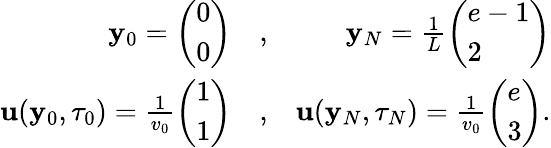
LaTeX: \begin{array}{rlr}{{\mathbf y}_{0}=\left(\begin{array}{l}{0}\\ {0}\end{array}\right)}&{,}&{{\mathbf y}_{N}=\frac{1}{L}\left(\begin{array}{l}{e-1}\\ {2}\end{array}\right)}\\ {{\mathbf u}({\mathbf y}_{0},\tau_{0})=\frac{1}{v_{0}}\left(\begin{array}{l}{1}\\ {1}\end{array}\right)}&{,}&{{\mathbf u}({\mathbf y}_{N},\tau_{N})=\frac{1}{v_{0}}\left(\begin{array}{l}{e}\\ {3}\end{array}\right).}\end{array}